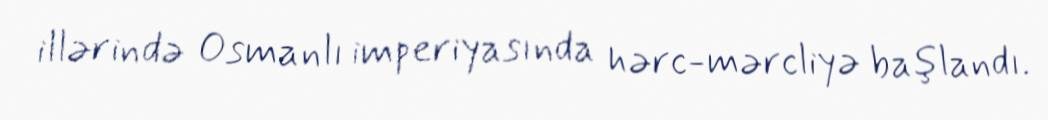
illərində Osmanlı imperiyasında hərc-mərcliyə başlandı.